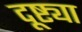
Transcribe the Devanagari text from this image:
दूष्ट्या